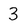
Character: 3